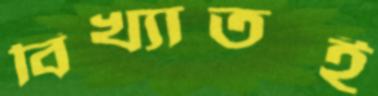
বিখ্যাতই